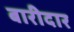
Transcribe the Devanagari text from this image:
बारीदार